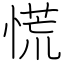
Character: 慌